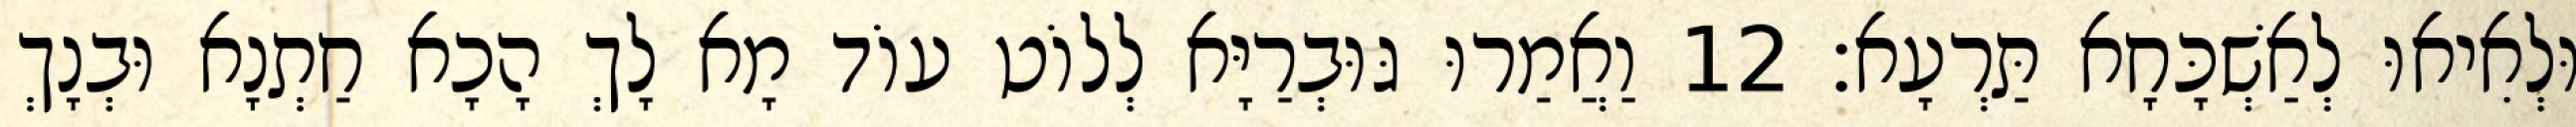
וּלְאִיאוּ לְאַשְׁכָּחָא תַּרְעָא׃ 12 וַאֲמַרוּ גּוּבְרַיָּא לְלוֹט עוֹד מָא לָךְ הָכָא חַתְנָא וּבְנָךְ